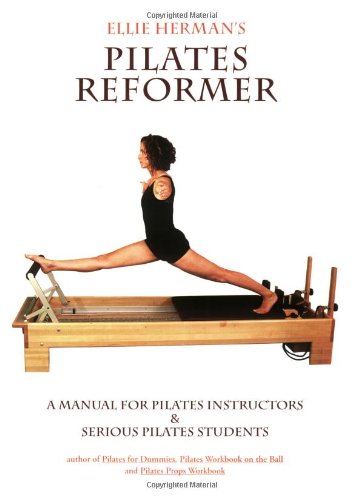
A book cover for Ellie Herman's Pilates Reformer, Second Edition; Ellie Herman; Health, Fitness & Dieting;